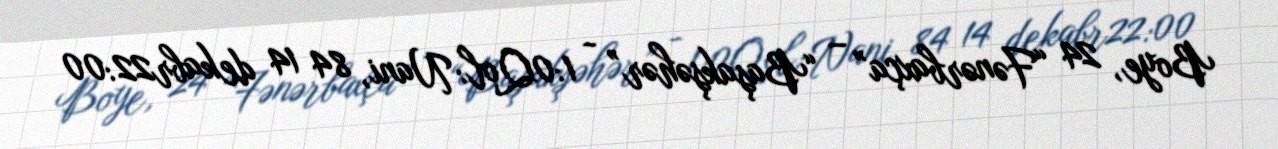
Boye, 24 “Fənərbaxça” – “Başakşəhər” - 1:0Qol: Nani, 84 14 dekabr22:00